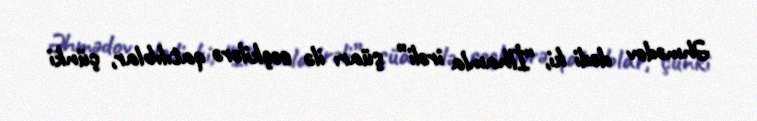
Əhmədov dedi ki, “İlhamla irəli” şüarı ilə seçkilərə qatılıblar, çünki